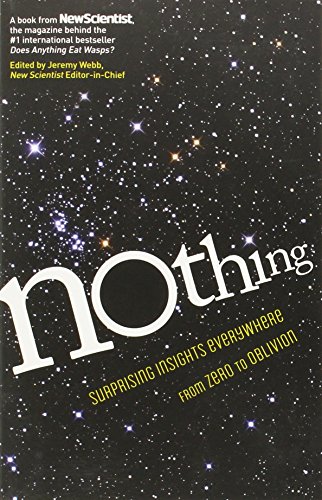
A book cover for Nothing: Surprising Insights Everywhere from Zero to Oblivion; New Scientist; Science & Math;